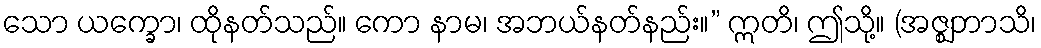
သော ယက္ခော၊ ထိုနတ်သည်။ ကော နာမ၊ အဘယ်နတ်နည်း။” ဣတိ၊ ဤသို့။ (အဇ္ဈဘာသိ၊